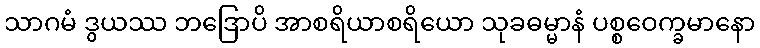
သာဂမံ ဒွယဿ ဘဒြောပိ အာစရိယာစရိယော သုခဓမ္မာနံ ပစ္စဝေက္ခမာနော